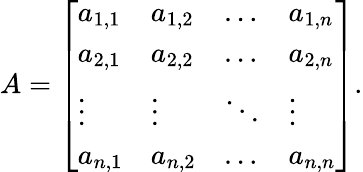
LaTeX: A={\left[\begin{array}{llll}{a_{1,1}}&{a_{1,2}}&{\dots}&{a_{1,n}}\\ {a_{2,1}}&{a_{2,2}}&{\dots}&{a_{2,n}}\\ {\vdots}&{\vdots}&{\ddots}&{\vdots}\\ {a_{n,1}}&{a_{n,2}}&{\dots}&{a_{n,n}}\end{array}\right]}.